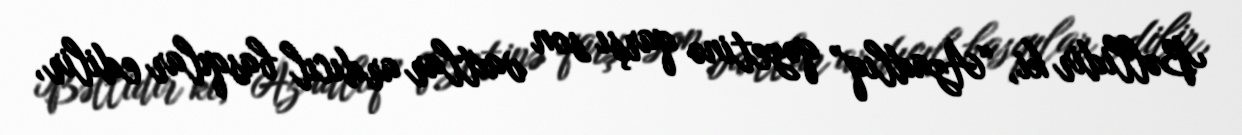
Bəllidir ki, “Azadlıq” qəzetinə qarşı son vaxtlar ardıcıl basqılar edilir,